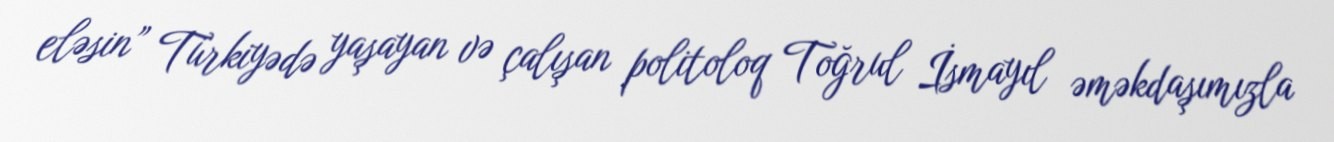
eləsin” Türkiyədə yaşayan və çalışan politoloq Toğrul İsmayıl əməkdaşımızla